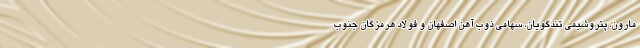
مارون، پتروشیمی تندگویان، سهامی ذوب آهن اصفهان و فولاد هرمزگان جنوب